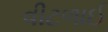
વીટળાઈ